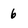
Character: 6